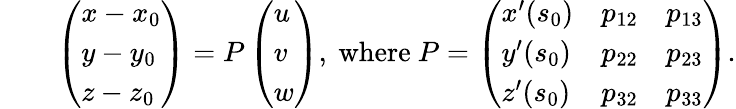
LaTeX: \begin{array}{rlr}&{}&{\left(\begin{array}{l}{x-x_{0}}\\ {y-y_{0}}\\ {z-z_{0}}\end{array}\right)=P\left(\begin{array}{l}{u}\\ {v}\\ {w}\end{array}\right),\mathrm{~where~}P=\left(\begin{array}{lll}{x^{\prime}(s_{0})}&{p_{12}}&{p_{13}}\\ {y^{\prime}(s_{0})}&{p_{22}}&{p_{23}}\\ {z^{\prime}(s_{0})}&{p_{32}}&{p_{33}}\end{array}\right).}\end{array}